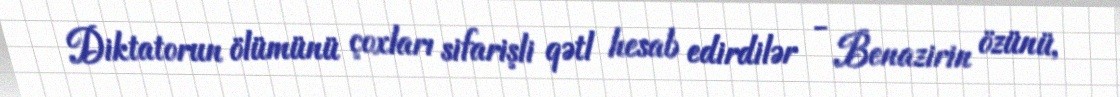
Diktatorun ölümünü çoxları sifarişli qətl hesab edirdilər - Benazirin özünü,